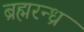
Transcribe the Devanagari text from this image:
ब्रह्मरन्ध्र